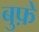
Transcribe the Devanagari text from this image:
बुफ़े